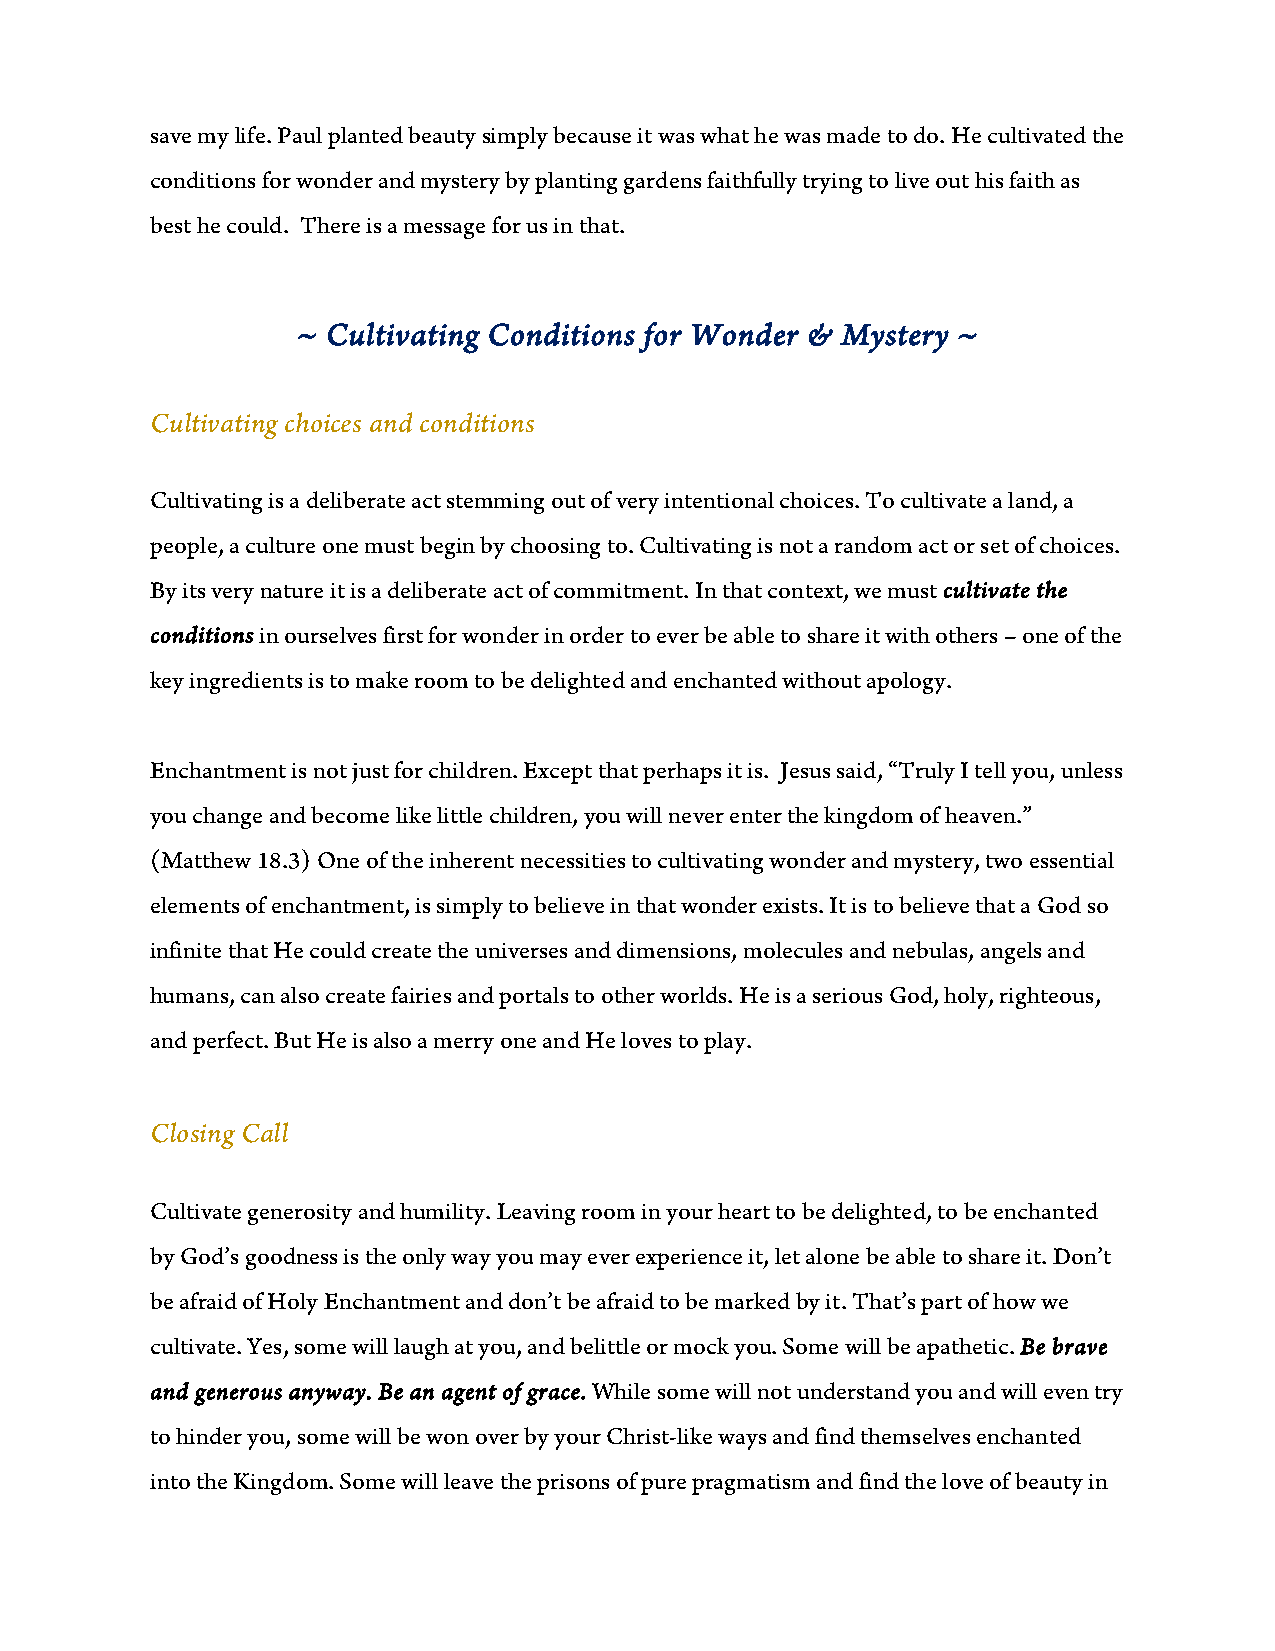
save my life. Paul planted beauty simply because it was what he was made to do. He cultivated the
 conditions for wonder and mystery by planting gardens faithfully trying to live out his faith as
 best he could. There is a message for us in that.
 ~ Cultivating Conditions for Wonder & Mystery ~
 Cultivating choices and conditions
 Cultivating is a deliberate act stemming out of very intentional choices. To cultivate a land, a
 people, a culture one must begin by choosing to. Cultivating is not a random act or set of choices.
 By its very nature it is a deliberate act of commitment. In that context, we must cultivate the
 conditions in ourselves first for wonder in order to ever be able to share it with others – one of the
 key ingredients is to make room to be delighted and enchanted without apology.
 Enchantment is not just for children. Except that perhaps it is. Jesus said, “Truly I tell you, unless
 you change and become like little children, you will never enter the kingdom of heaven.”
 (Matthew 18.3) One of the inherent necessities to cultivating wonder and mystery, two essential
 elements of enchantment, is simply to believe in that wonder exists. It is to believe that a God so
 infinite that He could create the universes and dimensions, molecules and nebulas, angels and
 humans, can also create fairies and portals to other worlds. He is a serious God, holy, righteous,
 and perfect. But He is also a merry one and He loves to play.
 Closing Call
 Cultivate generosity and humility. Leaving room in your heart to be delighted, to be enchanted
 by God’s goodness is the only way you may ever experience it, let alone be able to share it. Don’t
 be afraid of Holy Enchantment and don’t be afraid to be marked by it. That’s part of how we
 cultivate. Yes, some will laugh at you, and belittle or mock you. Some will be apathetic. Be brave
 and generous anyway. Be an agent of grace. While some will not understand you and will even try
 to hinder you, some will be won over by your Christ-like ways and find themselves enchanted
 into the Kingdom. Some will leave the prisons of pure pragmatism and find the love of beauty in